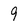
Character: 9